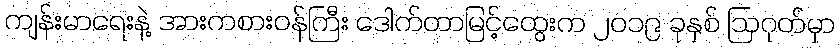
ကျန်းမာရေးနဲ့ အားကစားဝန်ကြီး ဒေါက်တာမြင့်ထွေးက ၂၀၁၉ ခုနှစ် ဩဂုတ်မှာ